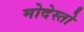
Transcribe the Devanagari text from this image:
मोदेस्तो